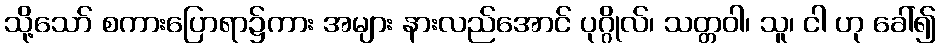
သို့သော် စကားပြောရာ၌ကား အများ နားလည်အောင် ပုဂ္ဂိုလ်၊ သတ္တဝါ၊ သူ၊ ငါ ဟု ခေါ်၍